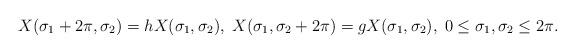
LaTeX: \begin{align*}X( \sigma_1 + 2 \pi, \sigma_2) =h X(\sigma_1,\sigma_2),\;X( \sigma_1, \sigma_2 + 2 \pi)= g X(\sigma_1,\sigma_2),\; 0 \leq \sigma_1,\sigma_2 \leq 2 \pi.\end{align*}